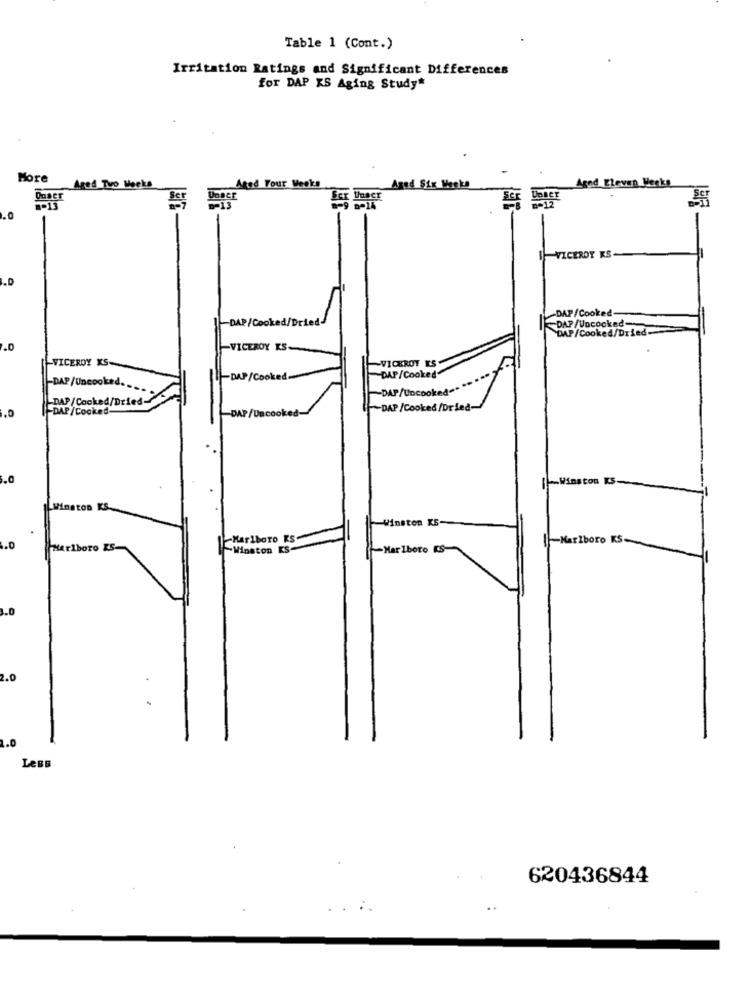
Table 1 (Cont.)
Irritation Ratings and Significant Differences
for DAP KS Aging Study*
Hore
Agod Eleven Weeks
Aged Tuo Mocka
Ated Your Weeks
Ouser
Ber
R-13
.0
J-VICEROY KS
DAP/Cooked-
-DAP/Cooked/
ried-
DAP/Uncooked
DAP/Cooked/Dried
-
.0
VICEROY
VICEROY KS-
VICEROY KS
-DAP /Uncooked.
DAP/Co
DAP/Cooked
-DAP/Uncook
LDAP /Cocked/Dried-
.0
DAP /Cooked-
DAP /Cooked /Dried-
-Winston KS
Ington
Winston KE-
Marlboro RS
-Marlboro KS.
1.0
Marlboro ES-
-Waston KS-
-Marlboro KS-
2.0
1.0
Less
620436844